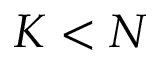
K < N